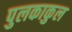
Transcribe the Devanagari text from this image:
पुलकाकुल